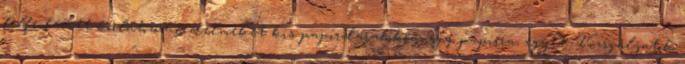
felfedezett korlátozó hiedelmeket kis papírdarabokra, egy papírra, egyet. Vizsgáljatok